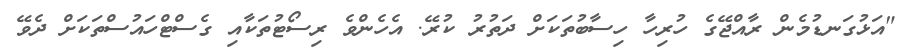
"އަޅުގަނޑުމެން ރާއްޖޭގެ ހުރިހާ ހިސާބުތަކަށް ދަތުރު ކުރޭ. އެހެންވެ ރިސޯޓުތަކާއި ގެސްޓްހައުސްތަކަށް ދެވޭ